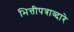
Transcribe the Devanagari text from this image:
भित्तीपत्राव्दारे